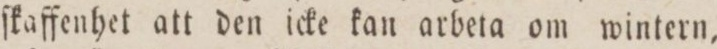
ſkaffenhet att den icke kan arbeta om wintern,